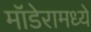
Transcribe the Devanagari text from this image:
मॉडेरामध्ये